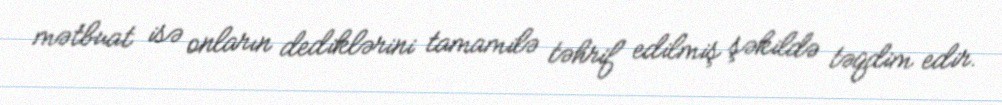
mətbuat isə onların dediklərini tamamilə təhrif edilmiş şəkildə təqdim edir.